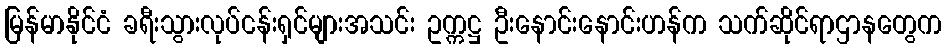
မြန်မာနိုင်ငံ ခရီးသွားလုပ်ငန်းရှင်များအသင်း ဥက္ကဋ္ဌ ဦးနောင်းနောင်းဟန်က သက်ဆိုင်ရာဌာနတွေက